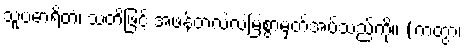
သူပဓာရိတံ၊ သတိဖြင့် အဖန်တလဲလဲမြဲစွာမှတ်အပ်သည်ကို။ (ကတွာ၊